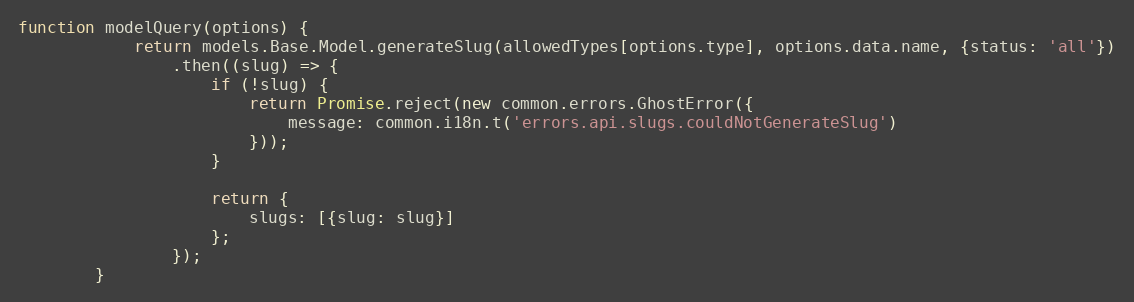
Language: JavaScript
function modelQuery(options) {
            return models.Base.Model.generateSlug(allowedTypes[options.type], options.data.name, {status: 'all'})
                .then((slug) => {
                    if (!slug) {
                        return Promise.reject(new common.errors.GhostError({
                            message: common.i18n.t('errors.api.slugs.couldNotGenerateSlug')
                        }));
                    }

                    return {
                        slugs: [{slug: slug}]
                    };
                });
        }